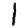
Digit: 1